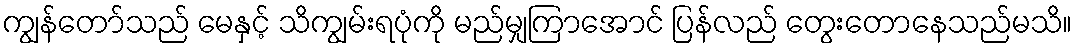
ကျွန်တော်သည် မေနှင့် သိကျွမ်းရပုံကို မည်မျှကြာအောင် ပြန်လည် တွေးတောနေသည်မသိ။